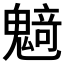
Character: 𱆟